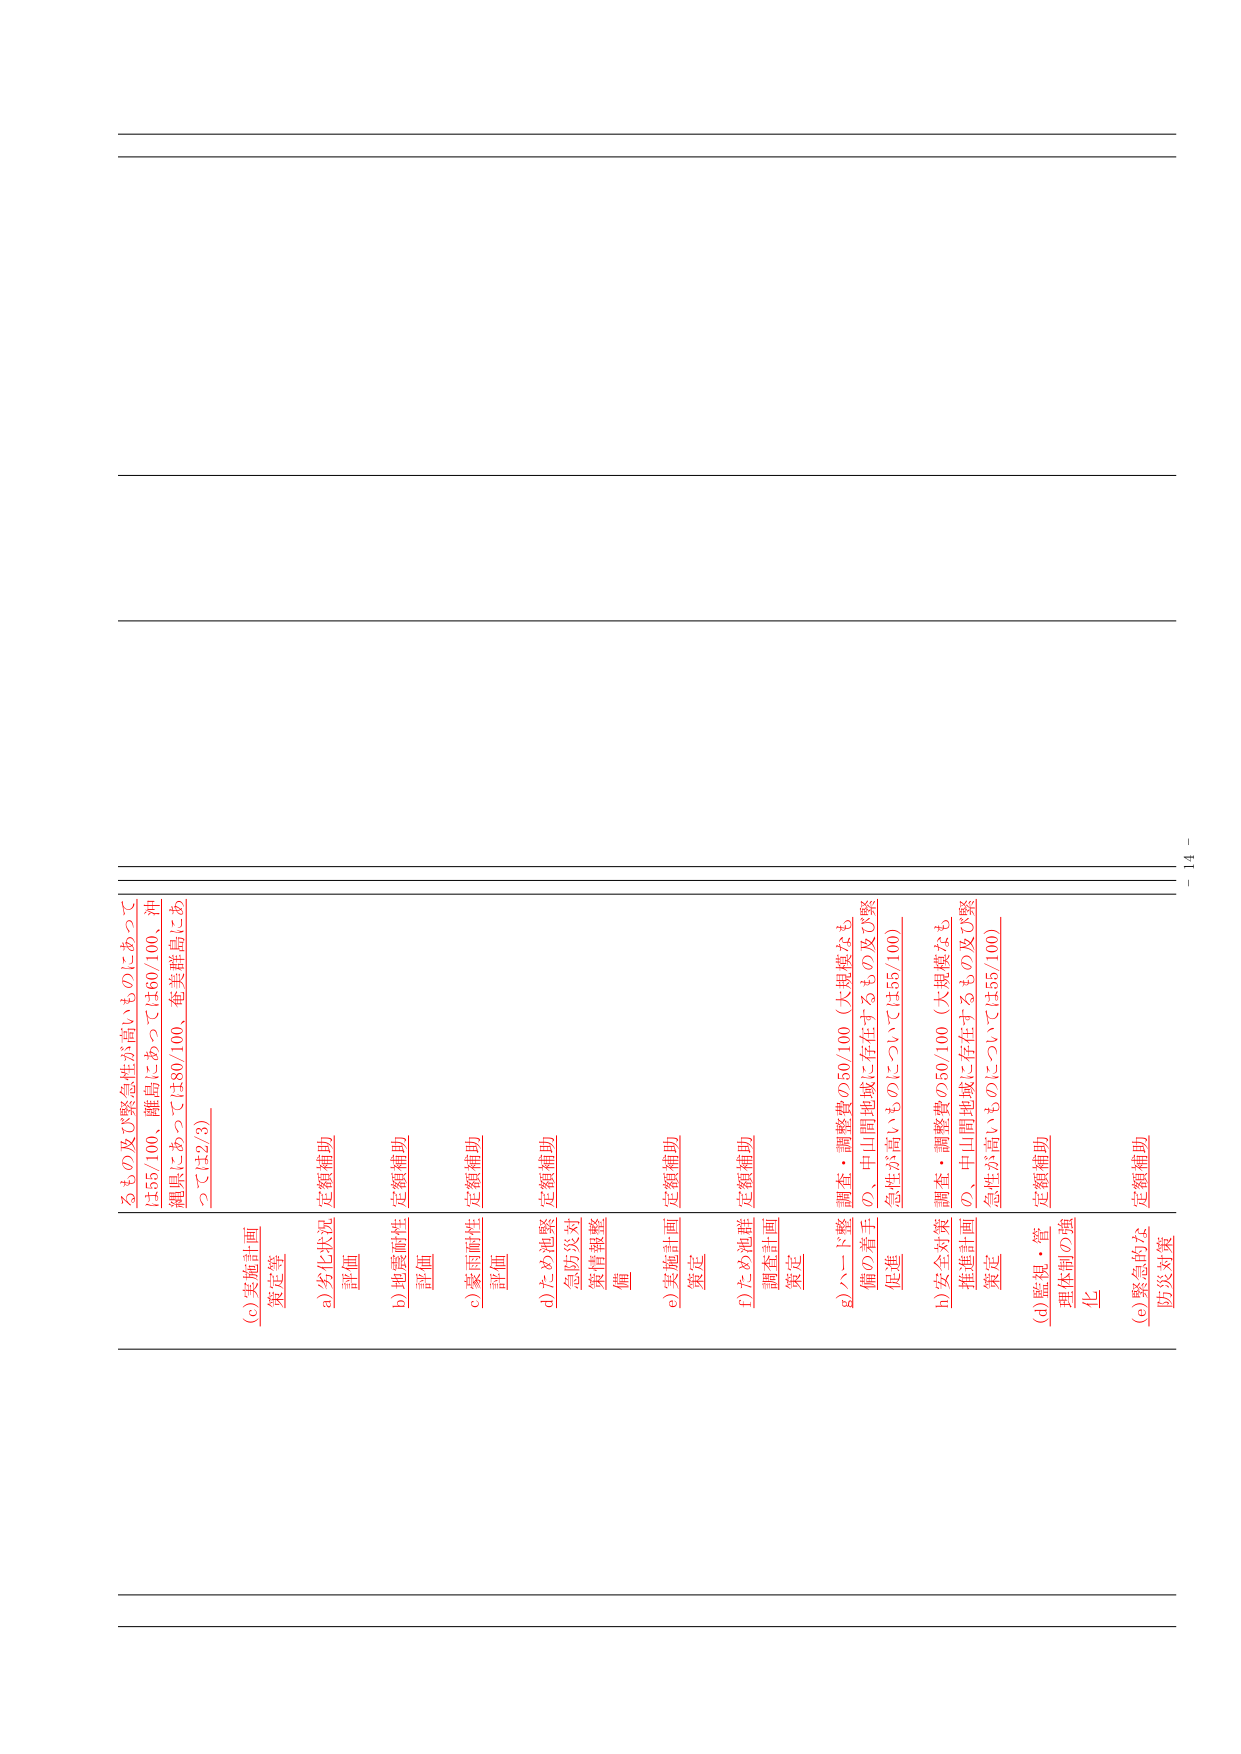
るもの及び緊急性が高いものにあっては55/100、離島にあっては60/100、沖縄県にあっては80/100、奄美群島にあっては2/3)

(c) 実施計画策定等

a) 劣化状況評価 定額補助

b) 地震耐性評価 定額補助

c) 豪雨耐性評価 定額補助

d) ため池緊急防災対策情報整備 定額補助

e) 実施計画策定 定額補助

f) ため池群調査計画策定 定額補助

g) ハード整備の着手促進 調査・調整費の50/100（大規模なもの、中山間地域に存在するもの及び緊急性が高いものについては55/100）

h) 安全対策推進計画策定 調査・調整費の50/100（大規模なもの、中山間地域に存在するもの及び緊急性が高いものについては55/100）

i) 監視・管理体制の強化 定額補助

j) 緊急的な防災対策 定額補助

- 14 -